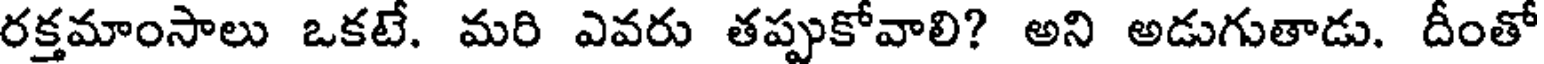
రక్తమాంసాలు ఒకటే. మరి ఎవరు తప్పుకోవాలి? అని అడుగుతాడు. దీంతో